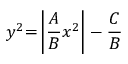
y ^ { 2 } { = } \left| { \frac { A } { B } } x ^ { 2 } \right| - { \frac { C } { B } }